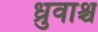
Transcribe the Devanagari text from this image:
ध्रुवाश्च